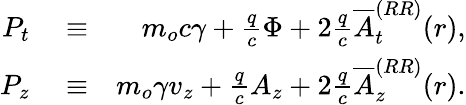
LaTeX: \begin{array}{rlr}{P_{t}}&{{}\equiv}&{m_{o}c\gamma+\frac{q}{c}\Phi+2\frac{q}{c}\overline{{A}}_{t}^{(RR)}(r),}\\ {P_{z}}&{{}\equiv}&{m_{o}\gamma v_{z}+\frac{q}{c}A_{z}+2\frac{q}{c}\overline{{A}}_{z}^{(RR)}(r).}\end{array}